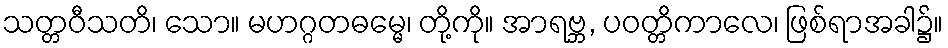
သတ္တဝီသတိ၊ သော။ မဟဂ္ဂတဓမ္မေ၊ တို့ကို။ အာရဗ္ဘ, ပဝတ္တိကာလေ၊ ဖြစ်ရာအခါ၌။